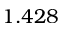
1 . 4 2 8